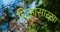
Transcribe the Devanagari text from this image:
चिन्हासारखा